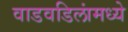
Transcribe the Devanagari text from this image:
वाडवडिलांमध्ये